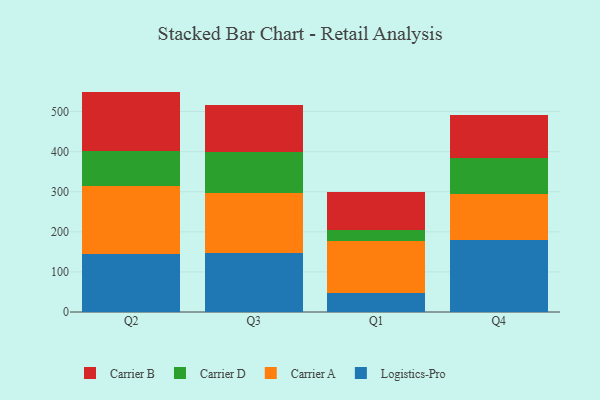
{"axis": {"x": "Quarter", "y": "Shipments"}, "legend": ["Carrier A", "Carrier B", "Carrier D", "Logistics-Pro"], "data": [{"x": "Q2", "y": 145.2, "type": "Logistics-Pro"}, {"x": "Q2", "y": 170.0, "type": "Carrier A"}, {"x": "Q2", "y": 86.1, "type": "Carrier D"}, {"x": "Q2", "y": 148.6, "type": "Carrier B"}, {"x": "Q3", "y": 148.1, "type": "Logistics-Pro"}, {"x": "Q3", "y": 148.5, "type": "Carrier A"}, {"x": "Q3", "y": 102.1, "type": "Carrier D"}, {"x": "Q3", "y": 118.6, "type": "Carrier B"}, {"x": "Q1", "y": 47.8, "type": "Logistics-Pro"}, {"x": "Q1", "y": 130.5, "type": "Carrier A"}, {"x": "Q1", "y": 27.3, "type": "Carrier D"}, {"x": "Q1", "y": 94.5, "type": "Carrier B"}, {"x": "Q4", "y": 179.5, "type": "Logistics-Pro"}, {"x": "Q4", "y": 114.3, "type": "Carrier A"}, {"x": "Q4", "y": 89.5, "type": "Carrier D"}, {"x": "Q4", "y": 108.9, "type": "Carrier B"}]}